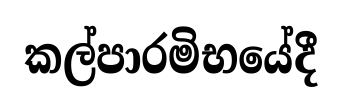
කල්පාරමිභයේදී